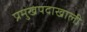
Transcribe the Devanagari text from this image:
प्रमुखपदाखाली